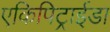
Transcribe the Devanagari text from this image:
एकिपिट्राईडा